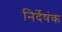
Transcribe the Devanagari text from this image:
निर्देषंक